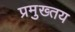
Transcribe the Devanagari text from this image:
प्रमुख्तय